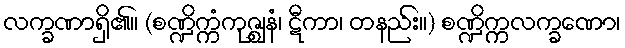
လက္ခဏာရှိ၏။ (စဏ္ဍိက္ကံကုဇ္ဈနံ၊ ဋီကာ၊ တနည်း။) စဏ္ဍိက္ကလက္ခဏော၊